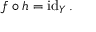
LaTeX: f \circ h = \operatorname { i d } _ { Y } .